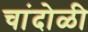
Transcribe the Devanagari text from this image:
चांदोळी